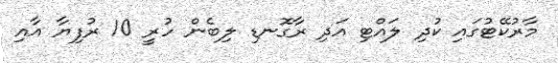
މާރުކޭޓުގައި ކުދި ލައްޓި އަދި ރާގޮނޑި ލިބެން ހުރީ 10 ރުފިޔާ އާއި